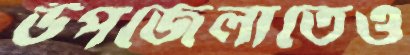
উপজেলাতেও